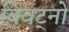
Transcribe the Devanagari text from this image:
क्विट्नो